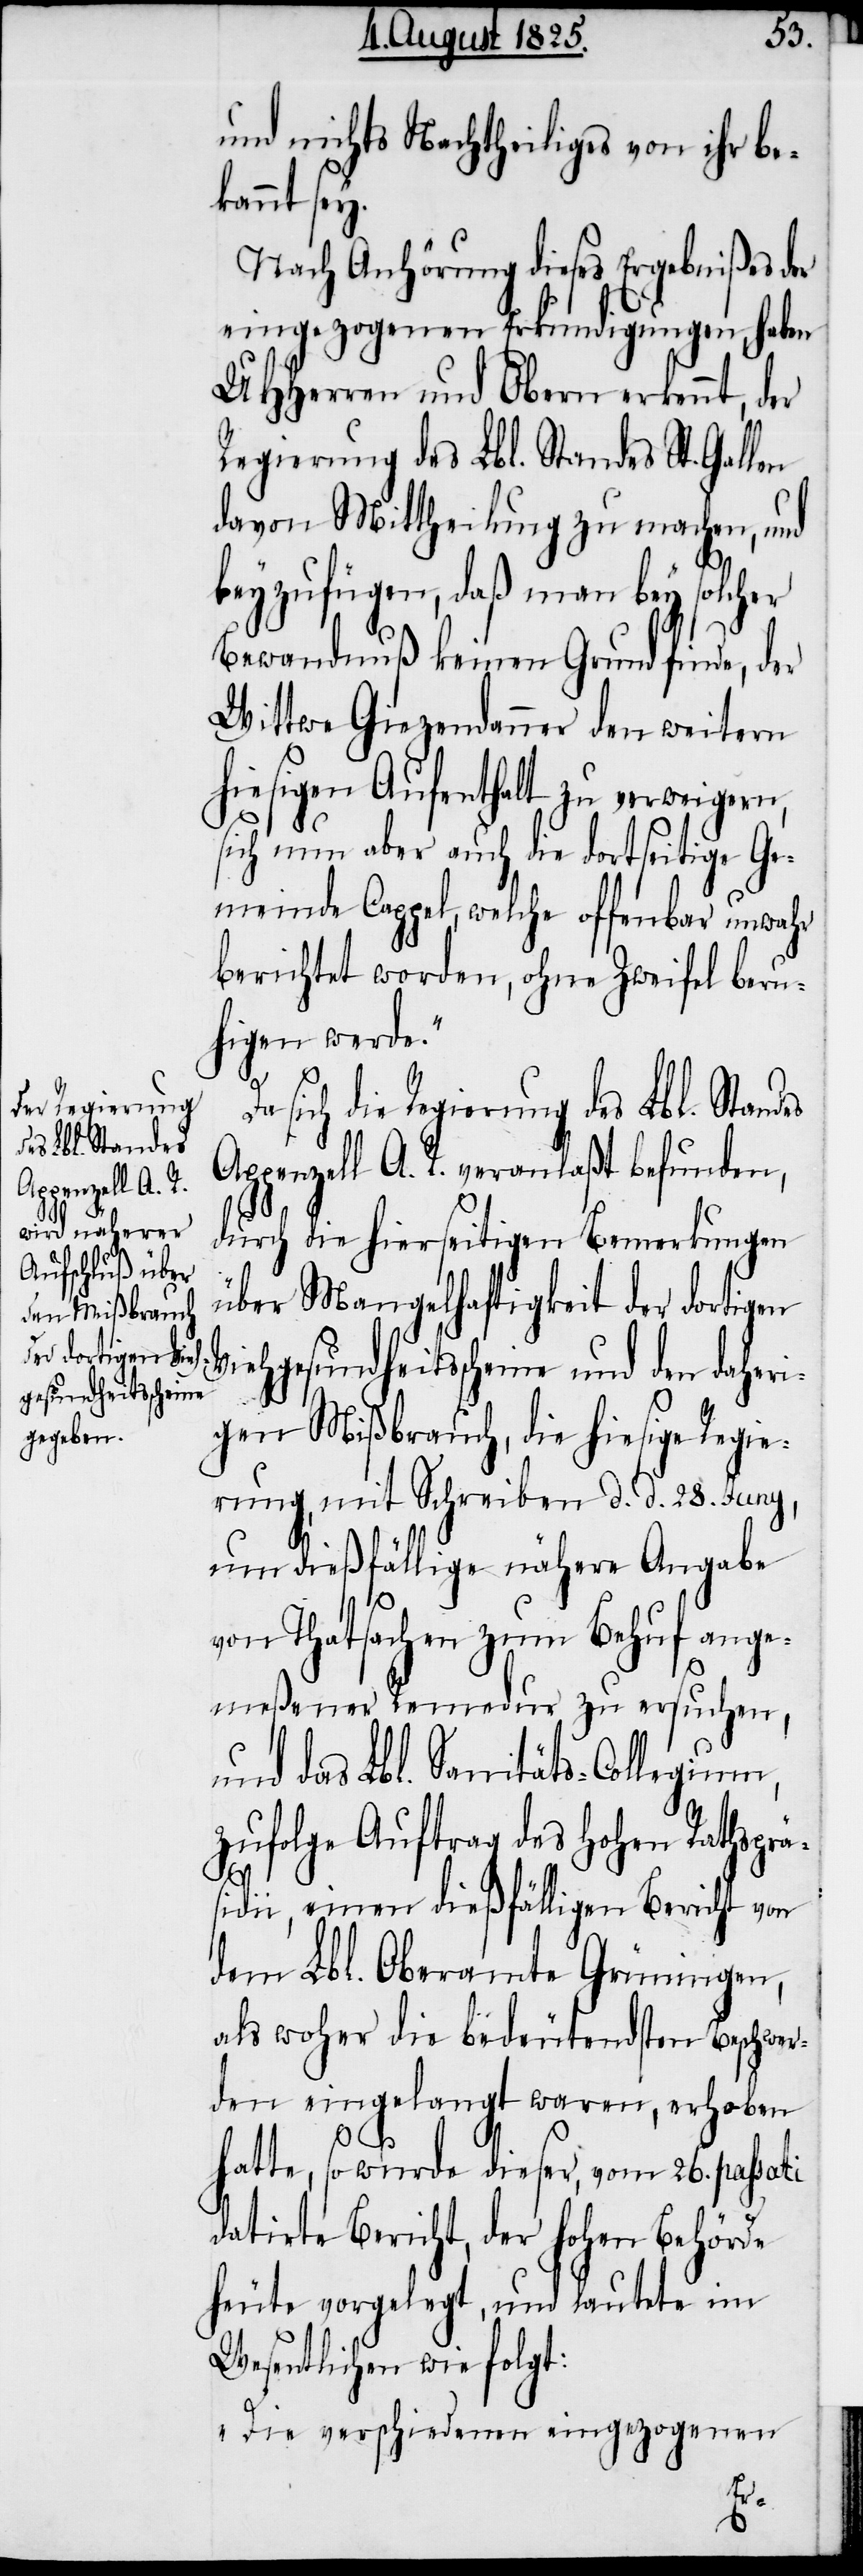
und nichts Nachtheiliges von ihr be¬
kannt sey.
Nach Anhörung dieses Ergebnißes der
eingezogenen Erkundigungen, haben
UHHerren und Obern erkennt, der
Regierung des Lbl. Standes St. Gallen
davon Mittheilung zu machen, und
beyzufügen, daß man bey solcher
Bewandnuß keinen Grund finde, der
Wittwe Giezendanner den weitern
hiesigen Aufenthalt zu verweigern,
sich nun aber auch die dortseitige Ge¬
meinde Cappel, welche offenbar unwahr
berichtet worden, ohne Zweifel beru¬
higen werde“.
die Regierung des Lbl. Standes
Appenzell A. R. veranlaßt befunden,
durch die hierseitigen Bemerkungen
über Mangelhaftigkeit der dortigen
Viehgesundheitsscheine und den daheri¬
gen Mißbrauch, die hiesige Regie¬
rung, mit Schreiben d. d. 28. Juny,
um dießfällige nähere Angabe
von Thatsachen zum Behuf ange¬
meßener Remedur zu ersuchen,
und das Lbl. Sanitäts-Collegium,
zufolge Auftrag des hohen Rathsprä¬
sidii, einen dießfälligen Bericht von
dem Lbl. Oberamte Grüningen,
als woher die bedeutendsten Beschwer¬
den eingelangt waren, erhoben
hatte, so wurde dieser, vom 26. passati
datirte Bericht, der hohen Behörde
heute vorgelegt, und lautete im
Wesentlichen wie folgt:
„Die verschiedenen eingezogenen